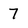
Character: 7